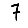
Digit: 7